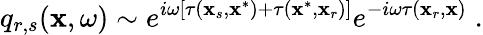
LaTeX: q_{r,s}(\mathbf{x},\omega)\sim e^{i\omega\left[\tau(\mathbf{x}_{s},\mathbf{x}^{*})+\tau(\mathbf{x}^{*},\mathbf{x}_{r})\right]}e^{-i\omega\tau(\mathbf{x}_{r},\mathbf{x})}\; .